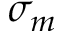
\sigma _ { m }